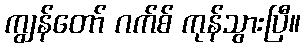
ကျွန်တော် ဂက်စ် ကုန်သွားပြီ။